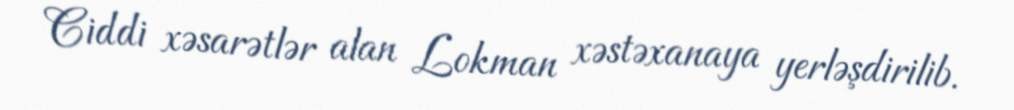
Ciddi xəsarətlər alan Lokman xəstəxanaya yerləşdirilib.